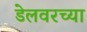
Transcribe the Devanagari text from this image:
डेलवरच्या